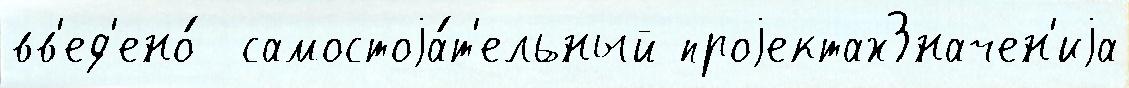
вв'ед'ено́  самостоjа́т'ельный проjектахЗначен'иjа